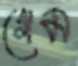
গেম